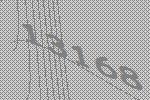
13168